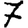
Digit: 7